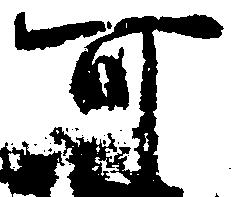
可